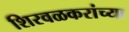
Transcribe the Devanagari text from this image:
शिरवळकरांच्या